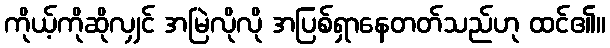
ကိုယ့်ကိုဆိုလျှင် အမြဲလိုလို အပြစ်ရှာနေတတ်သည်ဟု ထင်၏။